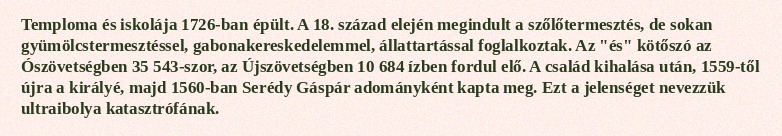
Temploma és iskolája 1726-ban épült. A 18. század elején megindult a szőlőtermesztés, de sokan gyümölcstermesztéssel, gabonakereskedelemmel, állattartással foglalkoztak. Az "és" kötőszó az Ószövetségben 35 543-szor, az Újszövetségben 10 684 ízben fordul elő. A család kihalása után, 1559-től újra a királyé, majd 1560-ban Serédy Gáspár adományként kapta meg. Ezt a jelenséget nevezzük ultraibolya katasztrófának.